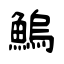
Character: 鰞